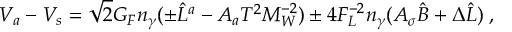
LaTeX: V _ { a } - V _ { s } = \sqrt { 2 } G _ { F } n _ { \gamma } ( \pm \hat { L } ^ { a } - A _ { a } T ^ { 2 } M _ { W } ^ { - 2 } ) \pm 4 F _ { L } ^ { - 2 } n _ { \gamma } ( A _ { \sigma } \hat { B } + \Delta \hat { L } ) \; ,